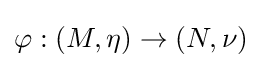
\varphi :(M,\eta )\to (N,\nu )